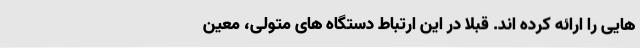
هایی را ارائه کرده اند. قبلا در این ارتباط دستگاه های متولی، معین